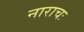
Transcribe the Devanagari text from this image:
नाराचः